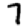
Digit: 7